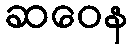
ဆဝေန